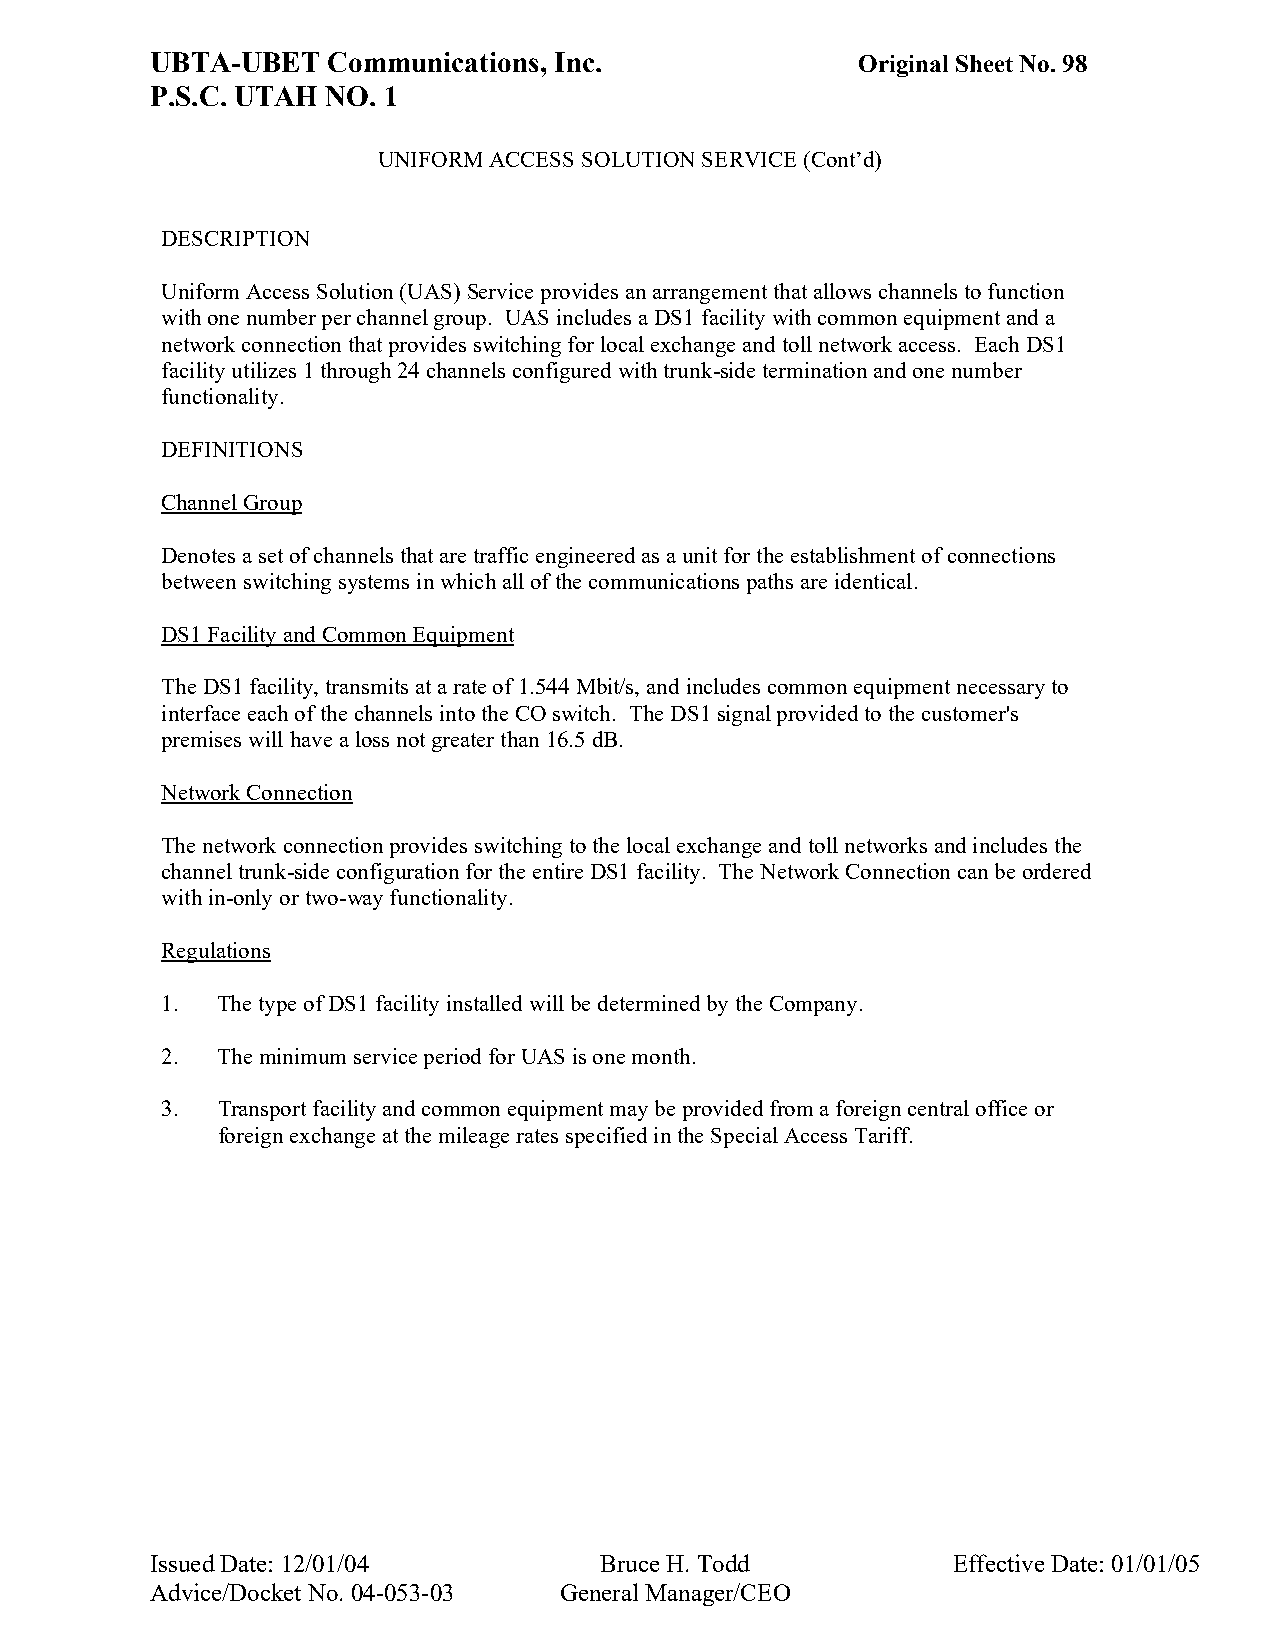
UBTA-UBET   Communications, Inc.               Original Sheet No. 98
 P.S.C. UTAH NO. 1
 UNIFORM ACCESS SOLUTION SERVICE (Cont’d)
 DESCRIPTION
 Uniform Access Solution (UAS) Service provides an arrangement that allows channels to function
 with one number per channel group. UAS includes a DS1 facility with common equipment and a
 network connection that provides switching for local exchange and toll network access. Each DS1
 facility utilizes 1 through 24 channels configured with trunk-side termination and one number
 functionality.
 DEFINITIONS
 Channel Group
 Denotes a set of channels that are traffic engineered as a unit for the establishment of connections
 between switching systems in which all of the communications paths are identical.
 DS1 Facility and Common Equipment
 The DS1 facility, transmits at a rate of 1.544 Mbit/s, and includes common equipment necessary to
 interface each of the channels into the CO switch. The DS1 signal provided to the customer's
 premises will have a loss not greater than 16.5 dB.
 Network Connection
 The network connection provides switching to the local exchange and toll networks and includes the
 channel trunk-side configuration for the entire DS1 facility. The Network Connection can be ordered
 with in-only or two-way functionality.
 Regulations
 1. The type of DS1 facility installed will be determined by the Company.
 2. The minimum service period for UAS is one month.
 3. Transport facility and common equipment may be provided from a foreign central office or
 foreign exchange at the mileage rates specified in the Special Access Tariff.
 Issued Date: 12/01/04         Bruce H. Todd          Effective Date: 01/01/05
 Advice/Docket No. 04-053-03 General Manager/CEO